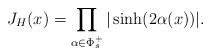
LaTeX: \begin{align*}J_H(x) = \prod_{\alpha \in \Phi_s^+} |\sinh(2\alpha(x))|. \end{align*}